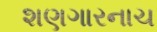
શણગારનાચ